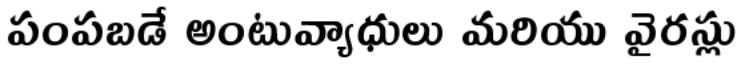
పంపబడే అంటువ్యాధులు మరియు వైరస్లు